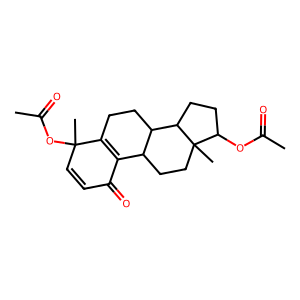
SMILES: CC(=O)OC1CCC2C3CCC4=C(C(=O)C=CC4(C)OC(C)=O)C3CCC12C
Inhibits HIV replication: No